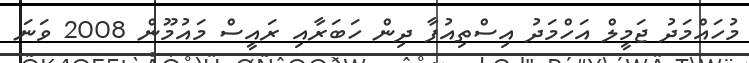
މުހައްމަދު ޖަމީލް އަހްމަދު އިސްތިއުފާ ދިން ހަބަރާއި ރައީސް މައުމޫން 2008 ވަަނަ